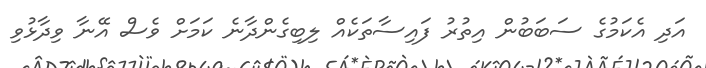
އަދި އެކަމުގެ ސަބަބުން އިތުރު ފައިސާތަކެއް ލިބިގެންދާނެ ކަމަށް ވެސް އޭނާ ވިދާޅުވި